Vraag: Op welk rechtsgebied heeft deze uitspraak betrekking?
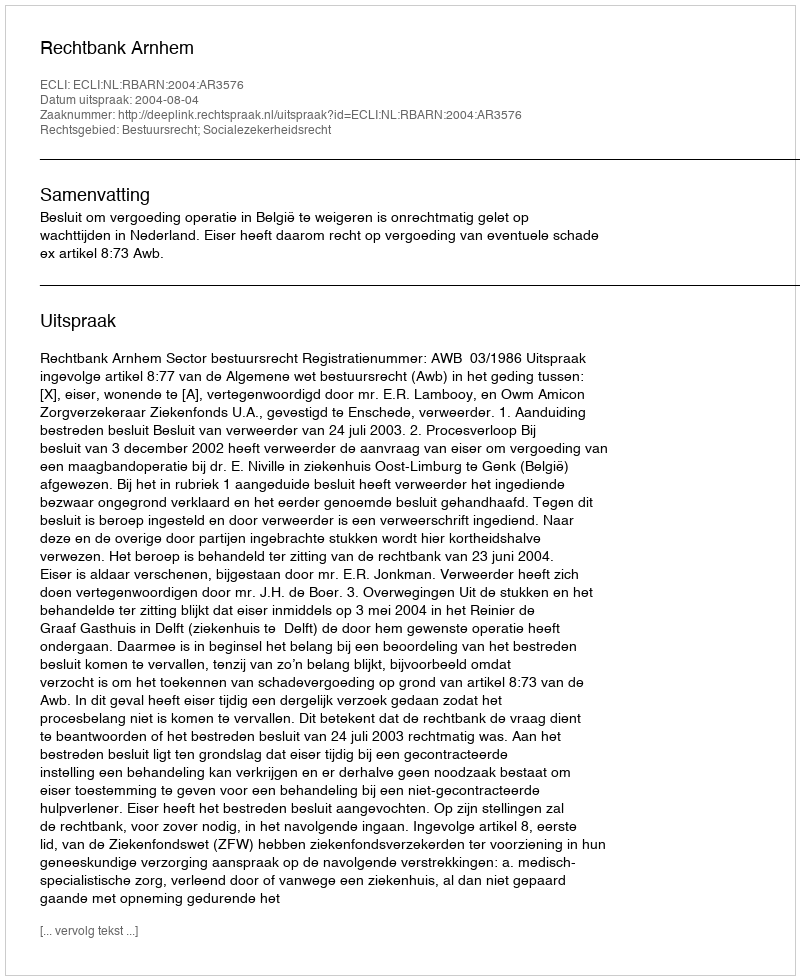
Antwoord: Bestuursrecht; Socialezekerheidsrecht